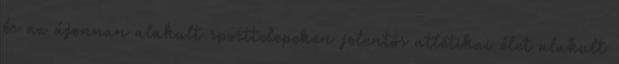
és az újonnan alakult sporttelepeken jelentős atlétikai élet alakult